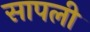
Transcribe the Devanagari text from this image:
सापली